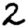
Digit: 2